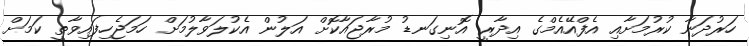
ހަރުދަނާ ކުރުމަށާއި އެފްއޭއެމްގެ އިދާރީ އޮނިގަނޑު މުރާޖައާކޮށް އަލުން އެކުލަވާލުމަށް ހަމަޖެހިފައިވާތީ ކަމަށް